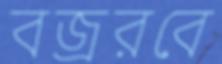
বজ্ররবে